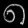
Digit: ၈